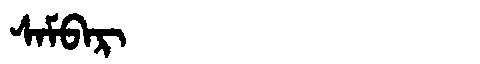
Manchu: ᠰᠠᠮᠪᠠᡵ
Romanization: SAMBAR